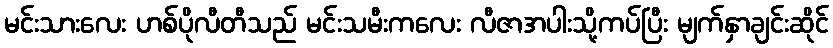
မင်းသားလေး ဟစ်ပိုလီတီသည် မင်းသမီးကလေး လီဇာအပါးသို့ကပ်ပြီး မျက်နှာချင်းဆိုင်